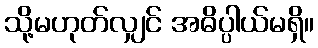
သို့မဟုတ်လျှင် အဓိပ္ပါယ်မရှိ။